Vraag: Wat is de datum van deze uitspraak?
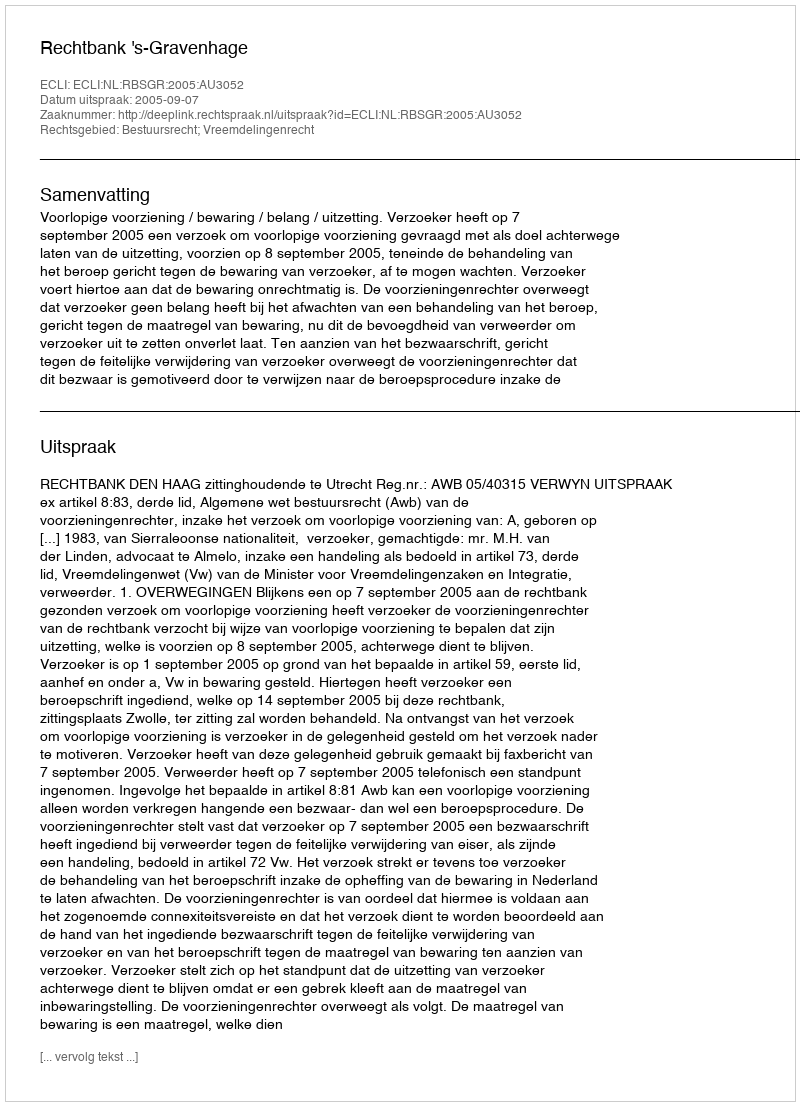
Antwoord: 2005-09-07